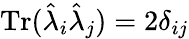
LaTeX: \mathrm{Tr}(\hat{\lambda}_{i}\hat{\lambda}_{j})=2\delta_{ij}